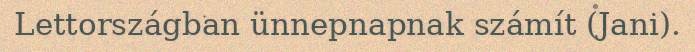
Lettországban ünnepnapnak számít (Jani).